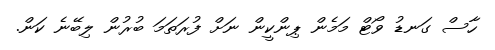
ހާސް ގަނޑު ވޯޓް މަމެން ޕިންކީން ނަށް ފުރަތަމަ ބުރުން ލިބޭނެ ކަން.